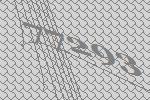
77293